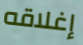
إغلاقه